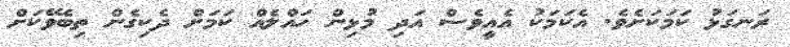
ރަނގަޅު ކަމަކަށެވެ. އެކަމަކު އެއީވެސް އަދި މުޅިން ހައްލެއް ކަމަށް ދެކިގެން ތިބެވޭކަށް